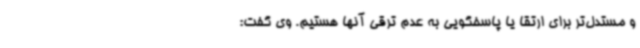
و مستدل‌تر برای ارتقا یا پاسخگویی به عدم ترقی آنها هستیم. وی گفت: